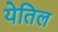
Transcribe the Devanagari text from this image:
येतिल